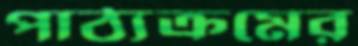
পাঠ্যক্রমের